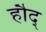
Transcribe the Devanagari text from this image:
हौद्